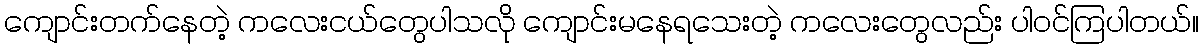
ကျောင်းတက်နေတဲ့ ကလေးငယ်တွေပါသလို ကျောင်းမနေရသေးတဲ့ ကလေးတွေလည်း ပါဝင်ကြပါတယ်။